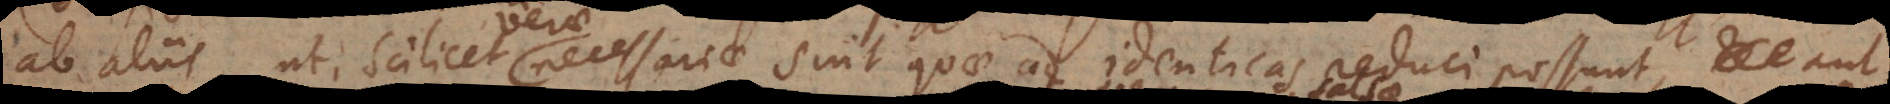
ab aliis, ut scilicet necessariae sint quae ad identicas reduci possunt, aut